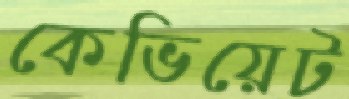
কেভিয়েট